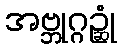
အဗ္ဘုဂ္ဂဉ္ဆုံ